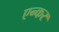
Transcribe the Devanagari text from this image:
एन्कर